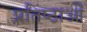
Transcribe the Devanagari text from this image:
प्रतिष्ठाओं